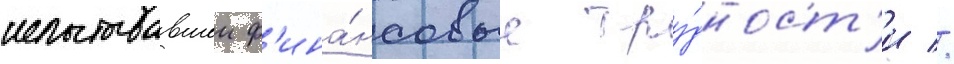
испытывавшеи ф'ина́нсовые тру́дност'и //